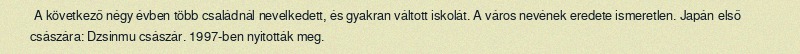
A következő négy évben több családnál nevelkedett, és gyakran váltott iskolát. A város nevének eredete ismeretlen. Japán első császára: Dzsinmu császár. 1997-ben nyitották meg.